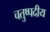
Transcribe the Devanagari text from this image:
चतुष्पदीय